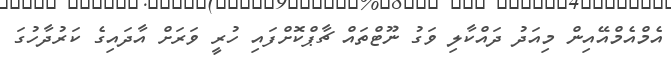
އެމްއެމްއޭއިން މިއަދު ދައްކާލި ވަގު ނޫޓްތައް ޗާޕްކޮށްފައި ހުރީ ވަރަށް އާދައިގެ ކަރުދާހުގަ